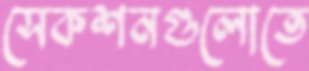
সেকশনগুলোতে